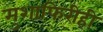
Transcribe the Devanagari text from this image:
मुशाफिरीही